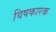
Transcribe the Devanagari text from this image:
विषकारक